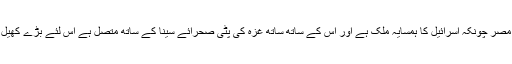
یہ وہ کیفیت ہے جو امریکہ اور اس کے صلیبی اتحادیوں کو ہضم نہیں ہورہی تھی مصر چونکہ اسرائیل کا ہمسایہ ملک ہے اور اس کے ساتھ ساتھ غزہ کی پٹی صحرائے سینا کے ساتھ متصل ہے اس لئے بڑے کھیل کے لئے یہاں پر پرانے امریکہ نواز آمر حسنی مبارک کا تختہ الٹنا ضروری تھا ۔